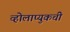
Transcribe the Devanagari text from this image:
व्होलाप्युकची